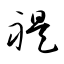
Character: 禔